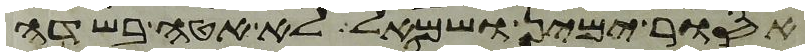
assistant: אסור ימין ושמאל לא אטה בשדה